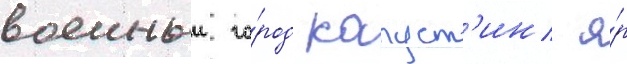
военныи го́род капуст'ин я́р